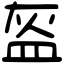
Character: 盔